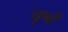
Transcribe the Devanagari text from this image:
चूर्णे